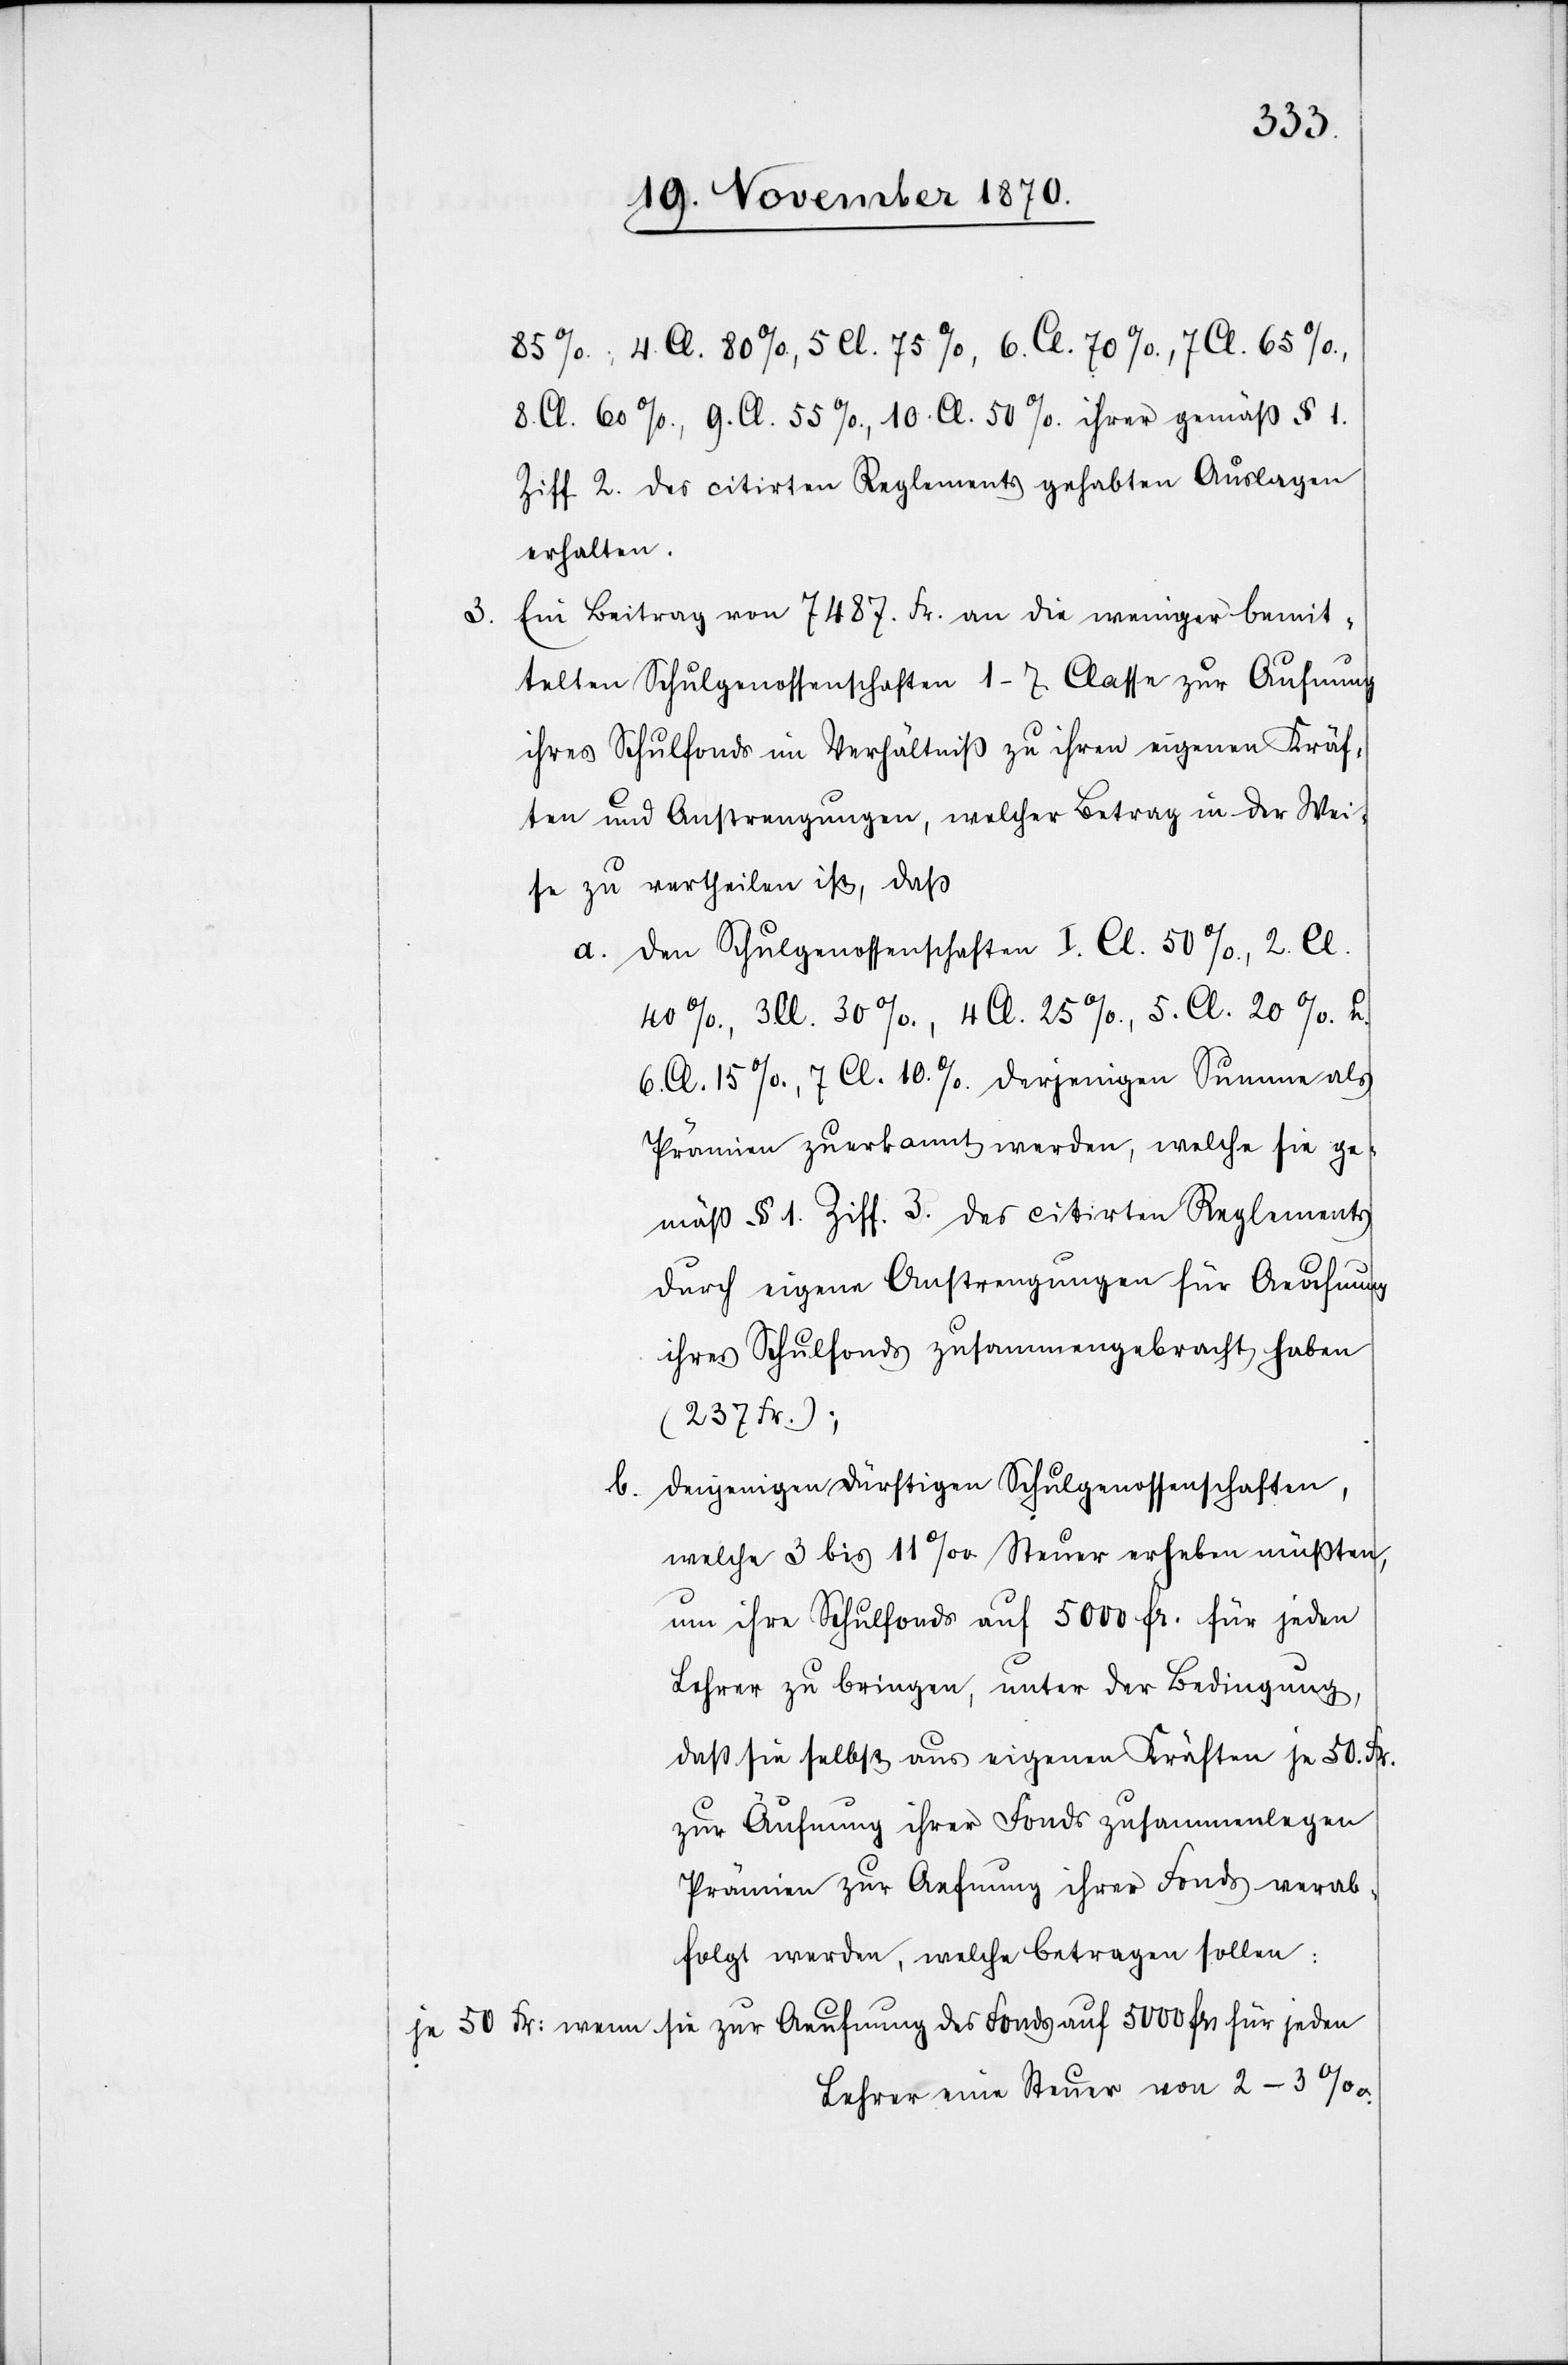
5.

85%., 4. Cl. 80%., 5. Cl. 75%., 6. Cl. 70%., 7. Cl. 65%.,
8. Cl. 60%., 9. Cl. 55%., 10. Cl. 50%. ihrer gemäß § 1.
Ziff. 2 des citirten Reglements gehabten Auslagen
erhalten.
Ein Beitrag von 7487. Fr. an die weniger bemit¬
telten Schulgenossenschaften 1–7 Classen zur A[e]ufnung
ihres Schulfonds im Verhältniß zu ihren eigenen Kräf¬
ten und Anstrengungen, welcher Betrag in der Wei¬
se zu vertheilen ist, daß
a. den Schulgenossenschaften 1. Cl. 50%., 2. Cl.
6. Cl. 15%, 7. Cl. 10%. derjenigen Summe als
Prämien zuerkannt werden, welche sie ge¬
mäß § 1. Ziff. 3 des citirten Reglements
durch eigene Anstrengungen für Aeufnung
ihres Schulfonds zusammengebracht haben
(237 Fr.);
b. denjenigen dürftigen Schulgenossenschaften,
welche 3 bis 11‰ Steuer erheben müßten,
um ihre Schulfonds auf 5000 Fr. für jeden
Lehrer zu bringen, unter der Bedingung,
daß sie selbst aus eigenen Kräften je 50. Fr.
zur Äufnung ihres Fonds zusammenlegen
Prämien zur Ae[u]fnung ihres Fonds verab¬
folgt werden, welche betragen sollen;
je 50 Fr: wenn sie zur Aeufnung des Fonds auf 5000 Frs für jeden
Lehrer eine Steuer von 2–3‰.